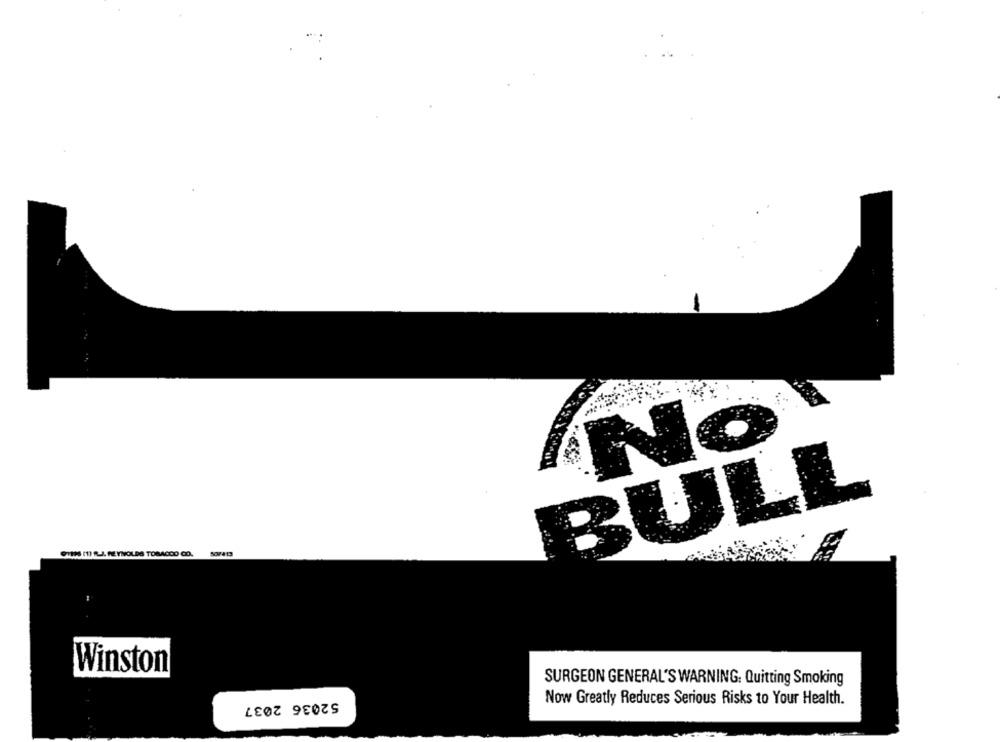
No!
BULL
91133 (1) R.J. REYNOLDS TOBAGOO CO.
SCV413
Winston
SURGEON GENERAL'S WARNING: Quitting Smoking
52036 2037
Now Greatly Reduces Serious Risks to Your Health.